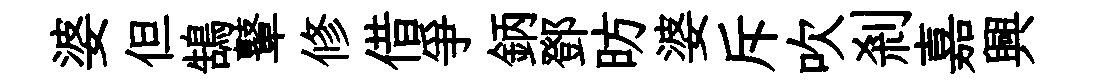
婆但鵠鼙修借爭鈵鄧昉婆斥吹剎嘉興